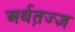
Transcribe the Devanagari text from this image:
अर्थत़ज्ज्ञ